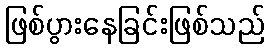
ဖြစ်ပွားနေခြင်းဖြစ်သည်